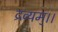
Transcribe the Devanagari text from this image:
द्रव्यम्।।